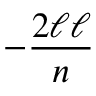
- { \frac { 2 \ell \ell } { n } }